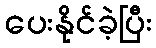
ပေးနိုင်ခဲ့ပြီး